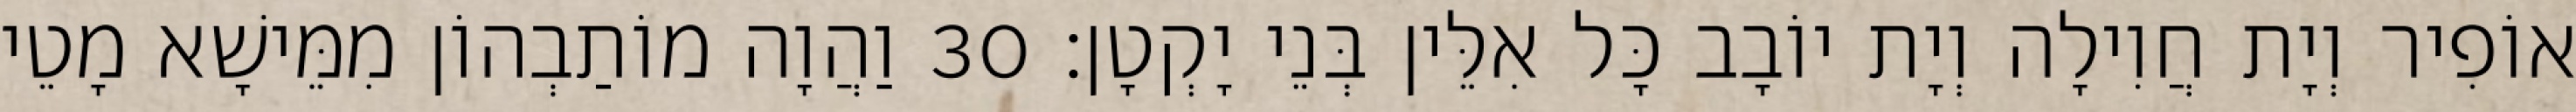
אוֹפִיר וְיָת חֲוִילָה וְיָת יוֹבָב כָּל אִלֵּין בְּנֵי יָקְטָן׃ 30 וַהֲוָה מוֹתַבְהוֹן מִמֵּישָׁא מָטֵי